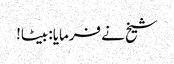
شیخ نے فرمایا: بیٹا!